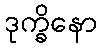
ဒုက္ခိနော